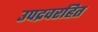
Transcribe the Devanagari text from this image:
उपद्रवरहित